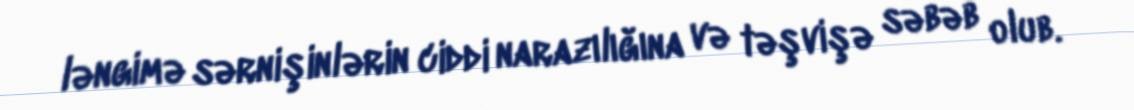
ləngimə sərnişinlərin ciddi narazılığına və təşvişə səbəb olub.